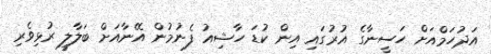
އަދުހަމްއަށް ހަސީނާގެ އުރުގައި އިން ކުޑަ ހާޝިއު ފެނުމުން އޭނާއަށް ބަލާލީ ރުޅިވެރި